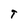
Character: t